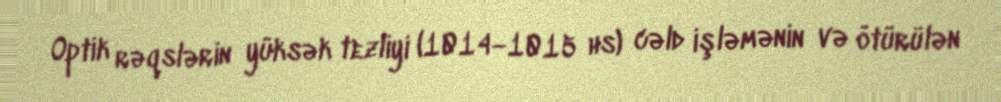
Optik rəqslərin yüksək tezliyi (1014—1015 hs) cəld işləmənin və ötürülən